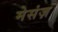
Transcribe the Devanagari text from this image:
मेसंज़